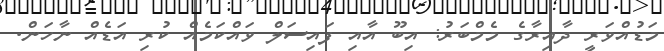
މަޑުއްވަރީ ދާއިރާގެ މެމްބަރު: އިބޫ އާއި ފައިސަލް ވައްކަމެއް ކުރި އަޑެއް ނާހަން.